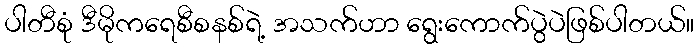
ပါတီစုံ ဒီမိုကရေစီစနစ်ရဲ့ အသက်ဟာ ရွေးကောက်ပွဲပဲဖြစ်ပါတယ်။